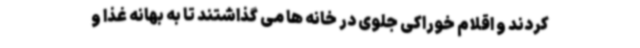
کردند و اقلام خوراکی جلوی در خانه ها می گذاشتند تا به بهانه غذا و